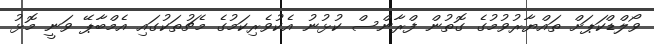
ވޯލްޑްކަޕަށް ތައްޔާރުވުމުގެ ގޮތުން ފްރާންސް ކުޅުނު އެކުވެރިކަމުގެ މެޗުތަކުގައި އެމްބާޕޭ ވަނީ މޮޅު